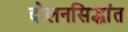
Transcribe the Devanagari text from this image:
दोलनसिद्धांत